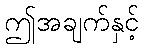
ဤအချက်နှင့်